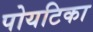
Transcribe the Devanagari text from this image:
पोयटिका